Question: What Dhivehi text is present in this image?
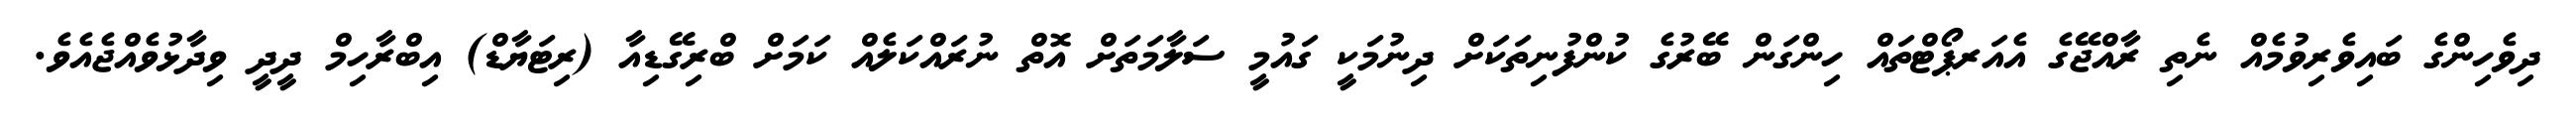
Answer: ދިވެހިންގެ ބައިވެރިވުމެއް ނެތި ރާއްޖޭގެ އެއަރޕޯޓްތައް ހިންގަން ބޭރުގެ ކުންފުނިތަކަށް ދިނުމަކީ ގައުމީ ސަލާމަތަށް އޮތް ނުރައްކަލެއް ކަމަށް ބްރިގޭޑިއާ (ރިޓަޔާޑް) އިބްރާހިމް ދީދީ ވިދާޅުވެއްޖެއެވެ.